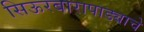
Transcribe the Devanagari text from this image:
सिऊरबारापाड्याचे